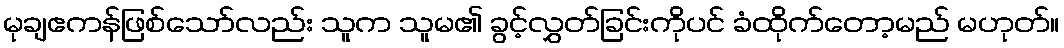
မုချဧကန်ဖြစ်သော်လည်း သူက သူမ၏ ခွင့်လွှတ်ခြင်းကိုပင် ခံထိုက်တော့မည် မဟုတ်။